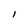
Character: l